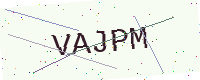
Text: VAJPM